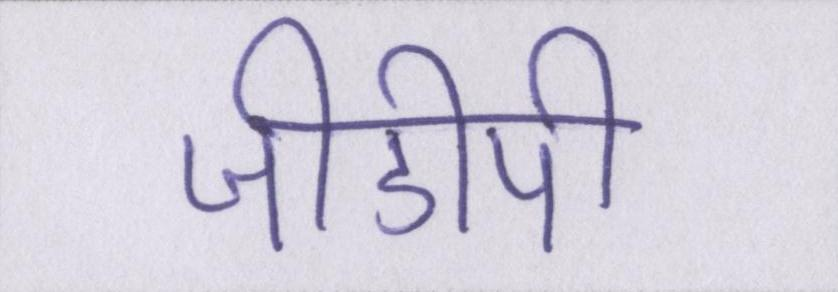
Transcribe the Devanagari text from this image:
जीडीपी